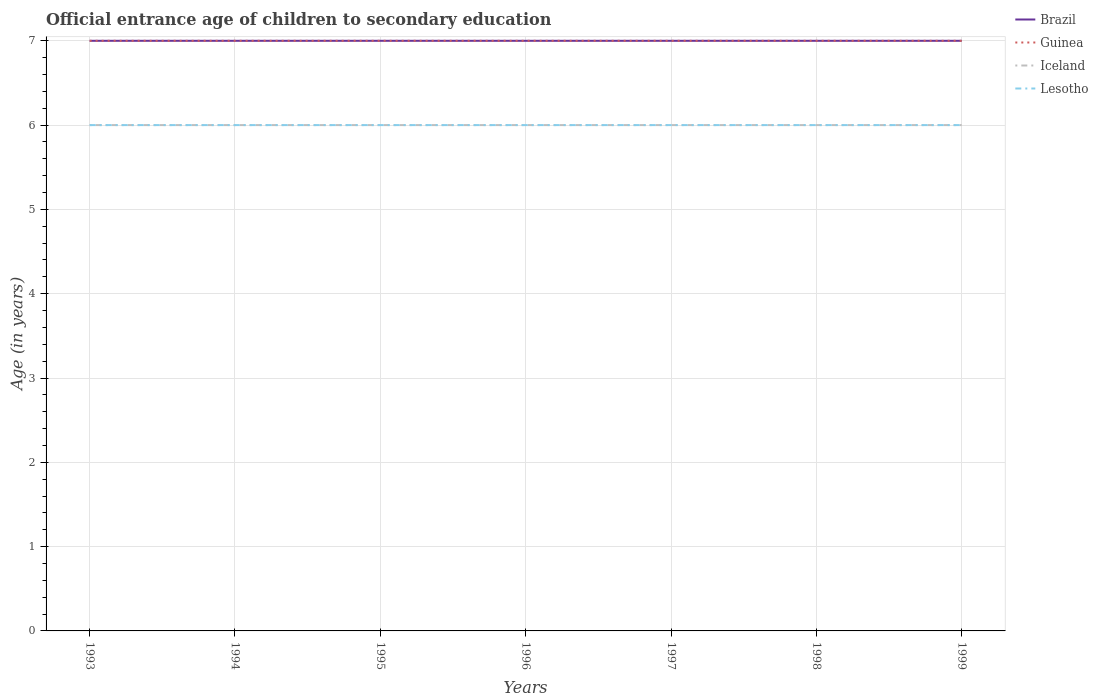
| Years | Brazil | Guinea | Iceland | Lesotho |
 | --- | --- | --- | --- | --- |
 | 1993 | 7 | 7 | 6 | 6 |
 | 1994 | 7 | 7 | 6 | 6 |
 | 1995 | 7 | 7 | 6 | 6 |
 | 1996 | 7 | 7 | 6 | 6 |
 | 1997 | 7 | 7 | 6 | 6 |
 | 1998 | 7 | 7 | 6 | 6 |
 | 1999 | 7 | 7 | 6 | 6 |